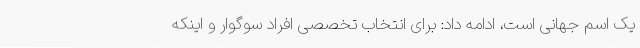
یک اسم جهانی است، ادامه داد: برای انتخاب تخصصی افراد سوگوار و اینکه